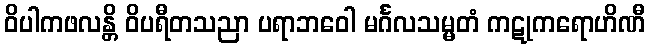
ဝိပါကဖလန္တိ ဝိပရီတသညာ ပရာဘဝေါ မင်္ဂလသမ္မတံ ကဋုကရောဟိဏီ